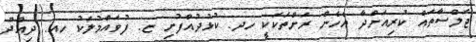
ޖަލްސާތައް ކުރިއަށްދާ އެހެން ރަށްތަކަކީ ހދ. ކުޅުދުއްފުށި ޏ. ފުވައްމުލަކު ހއ. ދިއްދޫ